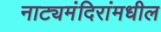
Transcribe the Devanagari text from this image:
नाट्यमंदिरांमधील